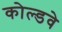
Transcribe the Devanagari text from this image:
कोल्डवे